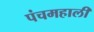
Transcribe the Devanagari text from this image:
पंचमहाली